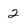
Character: 2